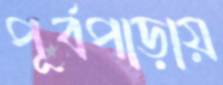
পূর্বপাড়ায়